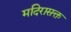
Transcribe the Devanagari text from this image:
मदिरासक्त